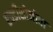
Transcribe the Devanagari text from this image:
एक्डीसोजोवा